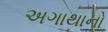
અગાથાનો